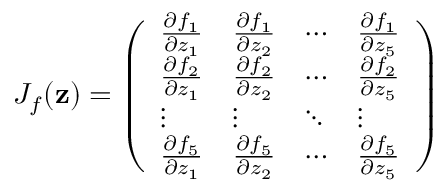
{ J } _ { f } ( { \bf z } ) = \left( \begin{array} { l l l l } { \frac { \partial f _ { 1 } } { \partial z _ { 1 } } } & { \frac { \partial f _ { 1 } } { \partial z _ { 2 } } } & { \cdots } & { \frac { \partial f _ { 1 } } { \partial z _ { 5 } } } \\ { \frac { \partial f _ { 2 } } { \partial z _ { 1 } } } & { \frac { \partial f _ { 2 } } { \partial z _ { 2 } } } & { \cdots } & { \frac { \partial f _ { 2 } } { \partial z _ { 5 } } } \\ { \vdots } & { \vdots } & { \ddots } & { \vdots } \\ { \frac { \partial f _ { 5 } } { \partial z _ { 1 } } } & { \frac { \partial f _ { 5 } } { \partial z _ { 2 } } } & { \cdots } & { \frac { \partial f _ { 5 } } { \partial z _ { 5 } } } \end{array} \right)